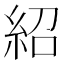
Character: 紹